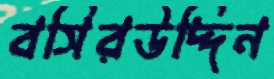
বসিরউদ্দিন